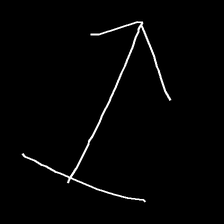
Glyph: levitation